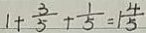
1 + \frac { 3 } { 5 } + \frac { 1 } { 5 } = 1 \frac { 4 } { 5 }